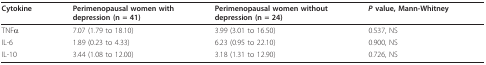
<table><thead><tr><td><b>Cytokine</b></td><td><b>Perimenopausal women with depression (n = 41)</b></td><td><b>Perimenopausal women without depression (n = 24)</b></td><td><b><i>P </i>value, Mann-Whitney</b></td></tr></thead><tbody><tr><td>TNFα</td><td>7.07 (1.79 to 18.10)</td><td>3.99 (3.01 to 16.50)</td><td>0.537, NS</td></tr><tr><td>IL-6</td><td>1.89 (0.23 to 4.33)</td><td>6.23 (0.95 to 22.10)</td><td>0.900, NS</td></tr><tr><td>IL-10</td><td>3.44 (1.08 to 12.00)</td><td>3.18 (1.31 to 12.90)</td><td>0.726, NS</td></tr></tbody></table>